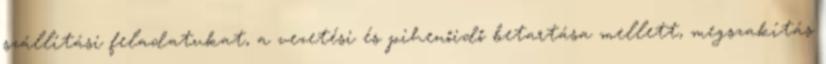
szállítási feladatukat, a vezetési és pihenőidő betartása mellett, megszakítás